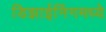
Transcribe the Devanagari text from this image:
डिझाईनिंगमध्ये